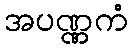
အပဏ္ဏကံ